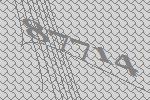
87714